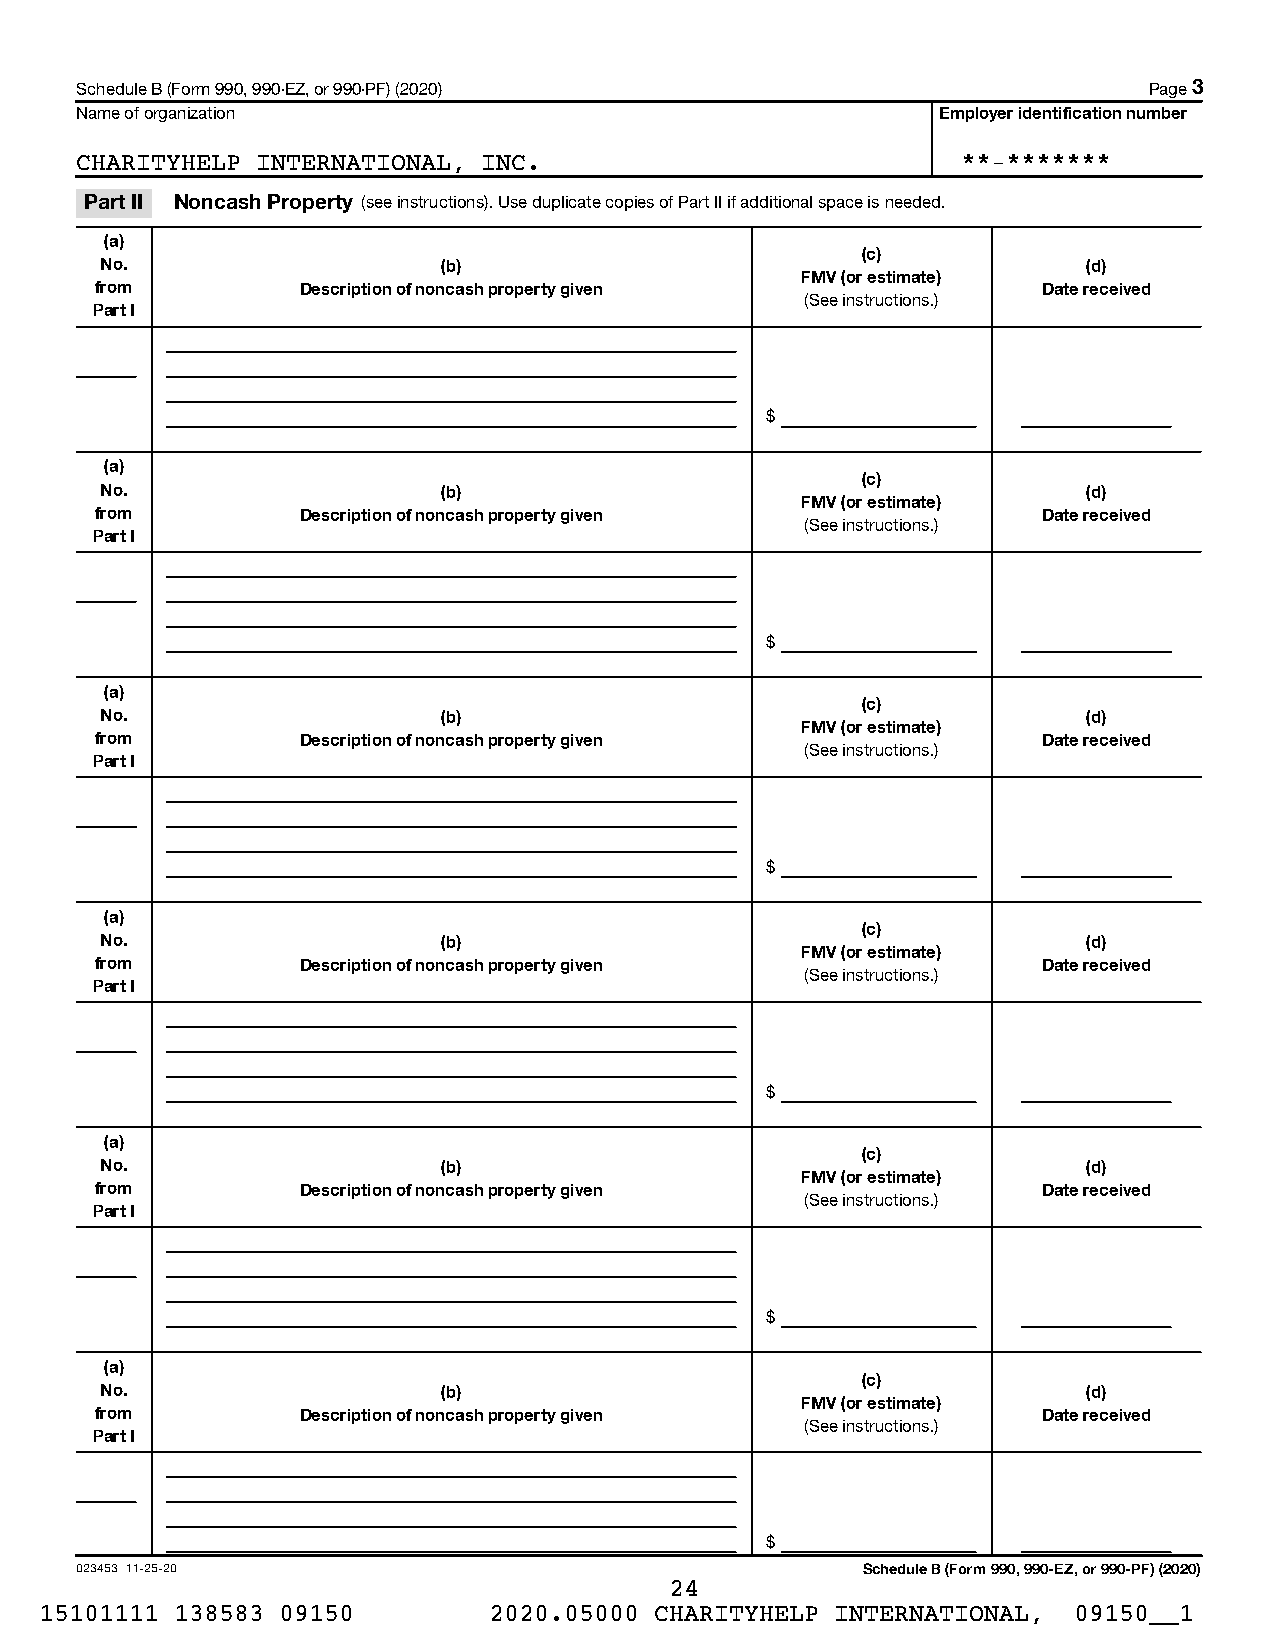
Schedule B (Form 990, 990-EZ, or 990-PF) (2020)                        Page 3
 Name of organization                                     Employer identification number
 CHARITYHELP INTERNATIONAL, INC.                            **-*******
 Part II Noncash Property (see instructions). Use duplicate copies of Part II if additional space is needed.
 (a)
 (c)
 No.                   (b)                                        (d)
 FMV (or estimate)
 from          Description of noncash property given            Date received
 (See instructions.)
 Part I
 $
 (a)
 (c)
 No.                   (b)                                        (d)
 FMV (or estimate)
 from          Description of noncash property given            Date received
 (See instructions.)
 Part I
 $
 (a)
 (c)
 No.                   (b)                                        (d)
 FMV (or estimate)
 from          Description of noncash property given            Date received
 (See instructions.)
 Part I
 $
 (a)
 (c)
 No.                   (b)                                        (d)
 FMV (or estimate)
 from          Description of noncash property given            Date received
 (See instructions.)
 Part I
 $
 (a)
 (c)
 No.                   (b)                                        (d)
 FMV (or estimate)
 from          Description of noncash property given            Date received
 (See instructions.)
 Part I
 $
 (a)
 (c)
 No.                   (b)                                        (d)
 FMV (or estimate)
 from          Description of noncash property given            Date received
 (See instructions.)
 Part I
 $
 023453 11-25-20                                     Schedule B (Form 990, 990-EZ, or 990-PF) (2020)
 24
 15101111 138583 09150        2020.05000 CHARITYHELP INTERNATIONAL,  09150__1